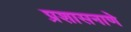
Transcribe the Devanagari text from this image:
प्रशासनाणे